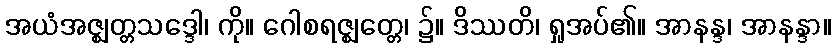
အယံအဇ္ဈတ္တသဒ္ဒေါ၊ ကို။ ဂေါစရဇ္ဈတ္တေ၊ ၌။ ဒိဿတိ၊ ရှုအပ်၏။ အာနန္ဒ၊ အာနန္ဒာ။